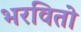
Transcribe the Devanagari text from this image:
भरवितो